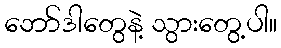
ဘော်ဒါတွေနဲ့ သွားတွေ့ပါ။